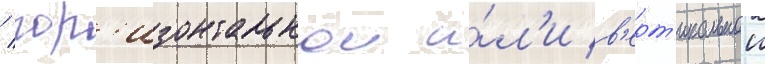
/ гор'изонтальнои и́л'и в'ерт'икальнои